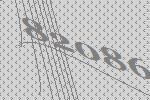
82086